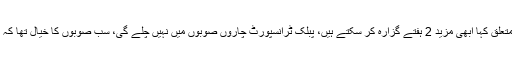
ڈومیسٹک فلائٹس سے متعلق کہا ابھی مزید 2 ہفتے گزارہ کر سکتے ہیں، پبلک ٹرانسپورٹ چاروں صوبوں میں نہیں چلے گی، سب صوبوں کا خیال تھا کہ لاک ڈاؤن بڑھایا جائے۔